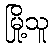
မြို့သူ